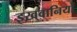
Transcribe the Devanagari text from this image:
इख़्वानियों